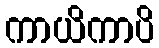
ကာယိကာပိ